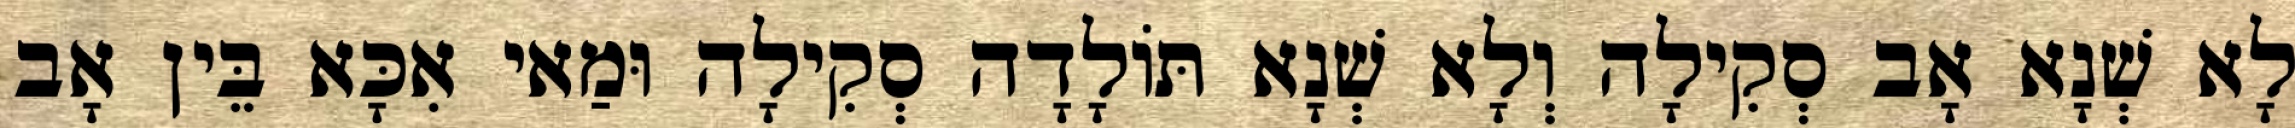
לָא שְׁנָא אָב סְקִילָה וְלָא שְׁנָא תּוֹלָדָה סְקִילָה וּמַאי אִכָּא בֵּין אָב